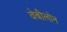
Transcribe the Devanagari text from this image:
वेबीलोन